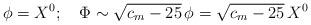
LaTeX: \begin{align*}\phi=X^0;\quad \Phi\sim\sqrt{c_m-25}\,\phi=\sqrt{c_m-25}\,X^0\end{align*}